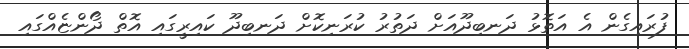
ފުރައިގެން އެ އަތޮޅު ދަނބިދޫއަށް ދަތުރު ކުރަނިކޮށް ދަނބިދޫ ކައިރީގައި އޮތް ދޯންޏެއްގައި